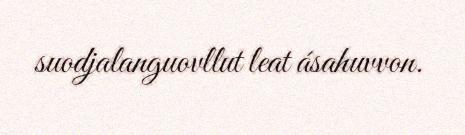
suodjalanguovllut leat ásahuvvon.